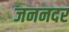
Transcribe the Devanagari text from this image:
जननदर